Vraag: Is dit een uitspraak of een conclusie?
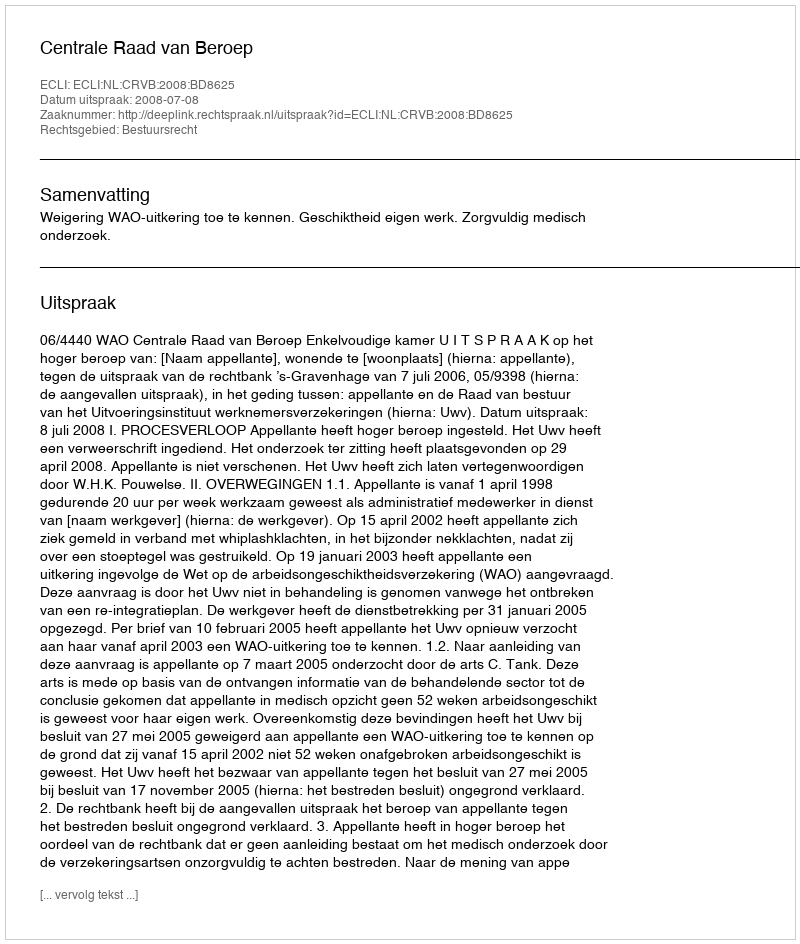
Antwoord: Uitspraak